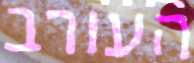
העורב